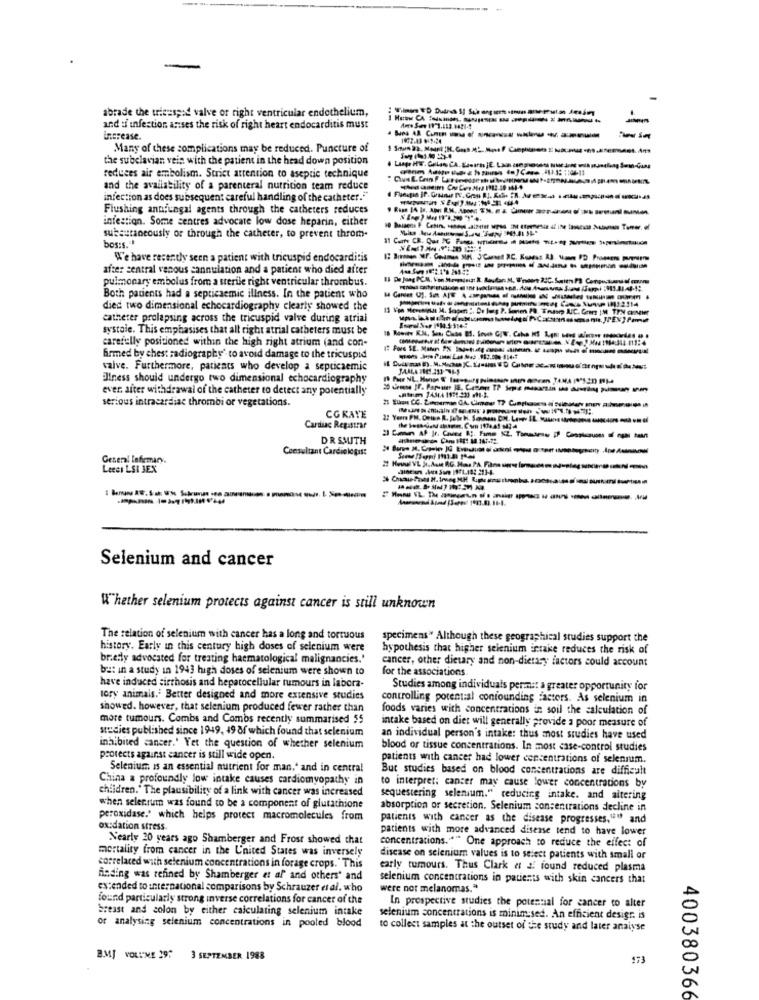
abrade the wiees ;: d valve or right ventricular endothelium,
and ti infection arises the risk of right heart endocarditis must
increase.
1972.43 0/1-24
Many of these complications may be reduced. Puncture of
the subclavian vein with the patient in the head down position
reduces air embolism. Strict attention to aseptic technique
and the availability of a parenteral nutrition team reduce
infection as does subsequent careful handling of the catheter.""
Flushing antifungal agents through the catheters reduces
intestion. Some centres advocate low dose heparin, either
subcutaneously or through the catheter, to prevent throm-
bos:s .=
We have recently seen a patient with tricuspid endocarditis
after sentral venous sannulation and a patient who died after
pulmonary embolus from a sterile right ventricular thrombus.
Both patients had a septicsemic illness. In the patient who
died two dimensional echocardiography clearly showed the
catheter prolapsing across the tricuspid valve during atrial
systole. This emphasises that all right atrial catheters must be
carefully positioned within the high right atrium (and con-
frmed by chest radiography' to avoid damage to the tricuspid
salve. Furthermore, patients who develop a septicaemic
Blness should undergo two dimensional echocardiography
ever after withdrawal of the catheter to detect any potentially
serious intracardiac thrombi or vegetations.
CGKATE
Cardiac Registrar
DR SMITH
Consultant Cardiologist
Generi lefemary.
Lecci LSI JEX
-----
Selenium and cancer
Whether selenium protects against cancer is still unknown
The relation of selenium with cancer has a long and tortuous
specimens" Although these geographical studies support the
history. Early in this century high doses of selenium were
hypothesis that higher selenium intake reduces the risk of
briefly advocated for treating haematological malignancies.'
cancer, other dietary and non-dietary factors could account
but in a study in 1943 high doses of selenium were shown to
for the associations.
have induced cirrhosis and hepatocellular tumours in labora-
Studies among individuals permit a greater opportunity for
lory animals.' Better designed and more extensive studies
controlling porent:al confounding Factors. As selenium in
showed. however, that selenium produced fewer rather than
foods varies with concentrations i: soil the calculation of
more tumours. Combs and Combs recently summarised 55
intake based on diet will generally provide a poor measure of
studies published since 1949, 49 8f which found that selenium
an individual person's intake: thus most studies have used
inhibited cancer.' Yet the question of whether selenium
blood or tissue concentrations. In most case-control studies
protects against cancer is still wide open.
patients with cancer had lower concentrations of selenium.
Selenium is an essential nutrient for man," and in central
But studies based on blood concentrations are difficult
China a profoundly low intake causes cardiomyopathy in
to interpret: cancer may cause lower concentrations by
children." The plausibility of a link with cancer was increased
sequestering selenium." reducing intake. and altering
when selenium was found to be a component of glutathione
absorption or secretion. Selenium concentrations decline in
peroxidase.' which helps protect macromolecules from
patients with cancer as the disease progresses,"" and
oxidation stress.
patients with more advanced disease tend to have lower
Nearly 20 years ago Shamberger and Frost showed that
concentrations."" One approach to reduce the effect of
mortality from cancer in the United States was inversely
disease on selenium values is to select patients with small or
correlaced with selenium concentrations in forage crops." This
early tumours. Thus Clark « a found reduced plasma
finding was refined by Shamberger et af and others' and
selenium concentrations in patients with skin cancers that
extended to international comparisons by Schrauzer et al. who
were not melanomas."
found particularly strong inverse correlations for cancer of the
In prospective studies the potential for cancer to alter
breast and colon by either calculating selenium intake
selenium concentrations is minimised. An efficient desigr. is
or analysing selenium concentrations in pooled blood
to collect samples at the outset of the study and later analyse
B.MJ VOLI"ME 29?
3 SEPTEMBER 1988
173
400380366